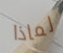
لماذا